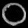
Digit: ၀